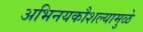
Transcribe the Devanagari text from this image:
अभिनयकौशल्यामुळे